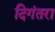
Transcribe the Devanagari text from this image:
दिगंतरा